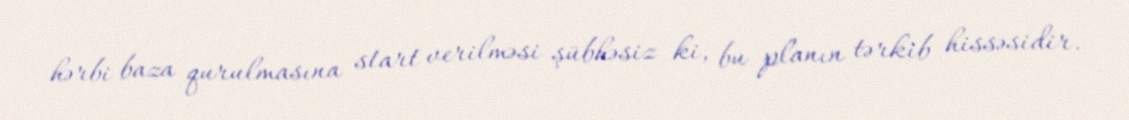
hərbi baza qurulmasına start verilməsi şübhəsiz ki, bu planın tərkib hissəsidir.